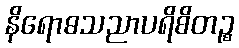
နိရောဓသညာပရိစိတဉ္စ